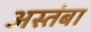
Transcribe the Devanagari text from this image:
अस्तंबा